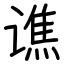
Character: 谯